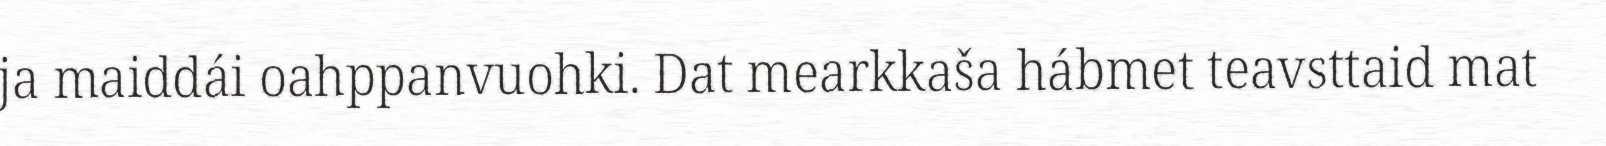
ja maiddái oahppanvuohki. Dat mearkkaša hábmet teavsttaid mat